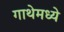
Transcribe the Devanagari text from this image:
गाथेमध्ये